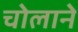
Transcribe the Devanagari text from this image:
चोलाने